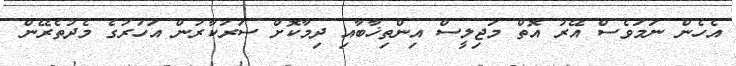
އެހެން ނަމަވެސް އޭރު އޮތް މަޖިލީސް އިންތިޚާބާއި ދިމާކޮށް ސަރުކާރުން އަހަރުގެ މެދުތެރޭން